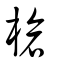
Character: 槍